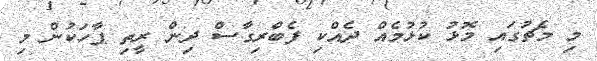
މި މެޗުގައި މޮޅު ކުޅުމެއް ދެއްކި ފެބްރިގާސް ދިން ރީތި ޕާހަކުން މި